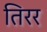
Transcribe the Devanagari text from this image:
तिरर